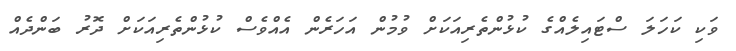
ވަކި ކަހަލަ ސްޓައިލެއްގެ ކުޅުންތެރިއަކަށް ވުމުން އަހަރެން އެއްވެސް ކުޅުންތެރިއަކަށް ދޮރު ބަންދެއް